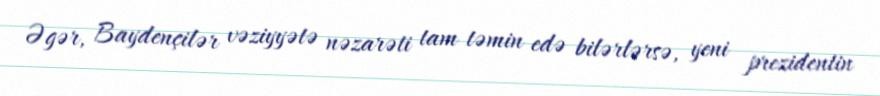
Əgər, Baydençilər vəziyyətə nəzarəti tam təmin edə bilərlərsə, yeni prezidentin